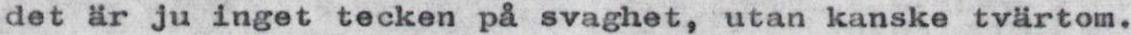
det är ju inget tecken på svaghet, utan kanske tvärtom.